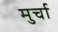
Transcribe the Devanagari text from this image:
मुर्चा